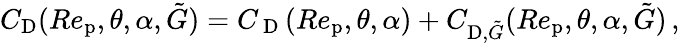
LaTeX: C_{\textup{D}}(Re_{\textup{p}},\theta,\alpha,\tilde{G})=C_{\mathrm{~D~}}(Re_{\textup{p}},\theta,\alpha)+C_{\textup{D},\tilde{G}}(Re_{\textup{p}},\theta,\alpha,\tilde{G})\, ,